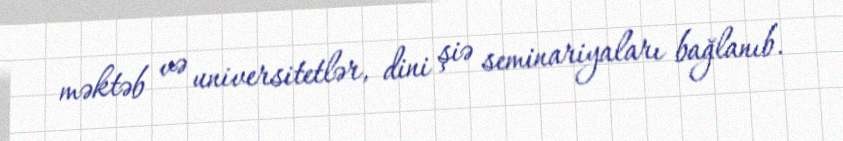
məktəb və universitetlər, dini şiə seminariyaları bağlanıb.